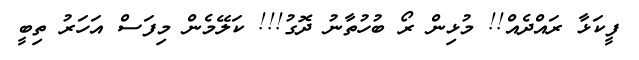
ފީކަޅާ ރައްދެއް!! މުޅިން ރޯ ބުހުތާނު ދޮގު!!! ކަލޭމެން މިފަސް އަހަރު ތިބީ